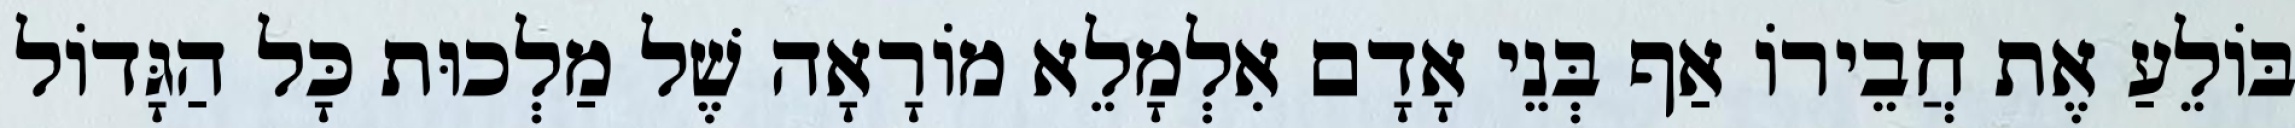
בּוֹלֵעַ אֶת חֲבֵירוֹ אַף בְּנֵי אָדָם אִלְמָלֵא מוֹרָאָה שֶׁל מַלְכוּת כָּל הַגָּדוֹל